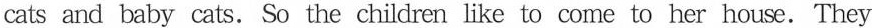
cats and baby cats. So the children like to come to her house.They